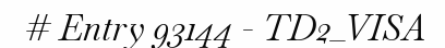
# Entry 93144 - TD2_VISA